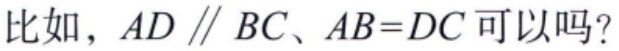
比如，$AD \parallel BC$、$AB = DC$ 可以吗？